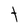
Character: t